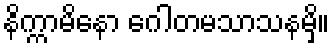
နိက္ကာမိနော ဂေါတမသာသနမှိ။